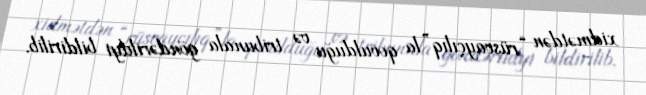
xidmətdən “rüsvayçılıq”la qovulduğu və tribunala göndərildyi bildirilib.